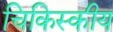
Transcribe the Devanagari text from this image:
चिकिस्कीय